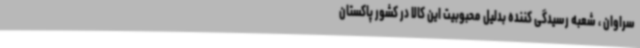
سراوان ، شعبه رسیدگی کننده بدلیل محبوبیت این کالا در کشور پاکستان